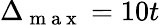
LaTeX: \Delta_{\mathrm{~m~a~x~}}=10t